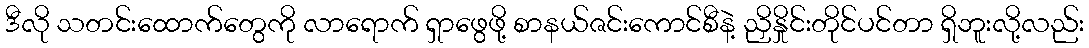
ဒီလို သတင်းထောက်တွေကို လာရောက် ရှာဖွေဖို့ စာနယ်ဇင်းကောင်စီနဲ့ ညှိနှိုင်းတိုင်ပင်တာ ရှိဘူးလို့လည်း